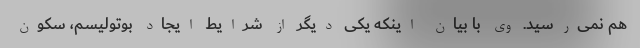
هم نمی‌رسید. وی با بیان اینکه یکی دیگر از شرایط ایجاد بوتولیسم، سکون